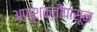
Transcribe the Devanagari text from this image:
अणूशक्तीपासून